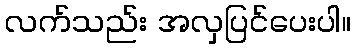
လက်သည်း အလှပြင်ပေးပါ။